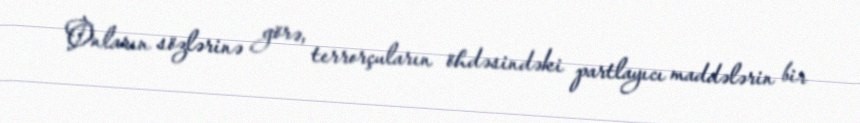
Onların sözlərinə görə, terrorçuların öhdəsindəki partlayıcı maddələrin bir